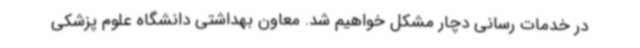
در خدمات رسانی دچار مشکل خواهیم شد. معاون بهداشتی دانشگاه علوم پزشکی